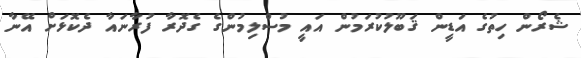
ޝެރޯން ހިތުގެ އަޑީން ޤަބޫލުކުރަމުން އައީ މުސްލިމުންގެ ގެދޮރާ ފުރާނައާ ދެކޮޅަށް އޭނާ